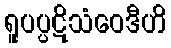
ရူပပ္ပဋိသံဝေဒီဟိ